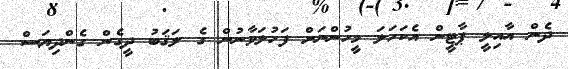
ދެން އާއިލީ ޕާޓީން އެކަހަލަ މީހުންނަށް ފަހުލަވާނުން ގެ ލަޤަބު ދީގެން ގެންދިޔަސް